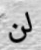
لن